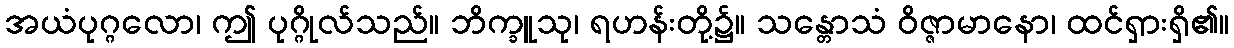
အယံပုဂ္ဂလော၊ ဤ ပုဂ္ဂိုလ်သည်။ ဘိက္ခူသု၊ ရဟန်းတို့၌။ သန္တောသံ ဝိဇ္ဇာမာနော၊ ထင်ရှားရှိ၏။